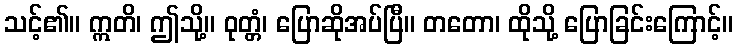
သင့်၏။ ဣတိ၊ ဤသို့။ ဝုတ္တံ၊ ပြောဆိုအပ်ပြီ။ တတော၊ ထိုသို့ ပြောခြင်းကြောင့်။